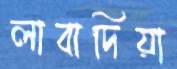
লাবাদিয়া